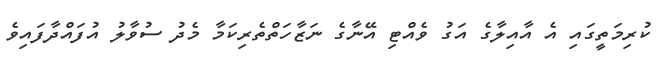
ކުރިމަތީގައި އެ އާއިލާގެ އަގު ވެއްޓި އޭނާގެ ނަޒާހަތްތެރިކަމާ މެދު ސުވާލު އުފައްދާފައިވެ